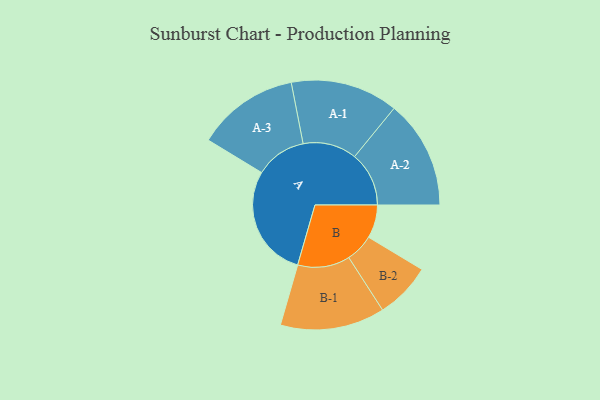
{"axis": {"x": "Segment", "y": "Value"}, "legend": ["", "A", "B"], "data": [{"x": "A", "y": 454, "type": ""}, {"x": "B", "y": 134, "type": ""}, {"x": "A-1", "y": 217, "type": "A"}, {"x": "A-2", "y": 219, "type": "A"}, {"x": "A-3", "y": 206, "type": "A"}, {"x": "B-1", "y": 211, "type": "B"}, {"x": "B-2", "y": 113, "type": "B"}]}